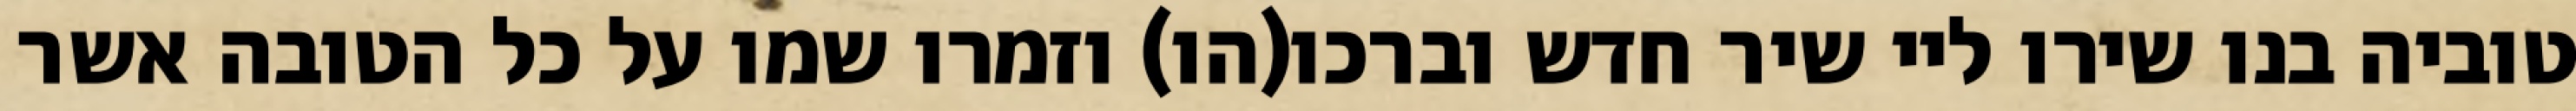
טוביה בנו שירו ליי שיר חדש וברכו(הו) וזמרו שמו על כל הטובה אשר